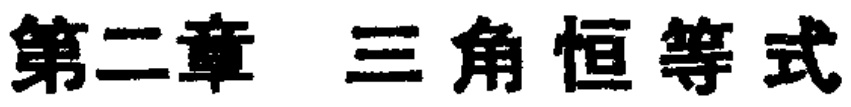
第二章 三角恒等式